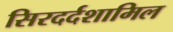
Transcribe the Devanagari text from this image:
सिरदर्दशामिल